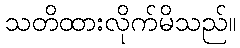
သတိထားလိုက်မိသည်။